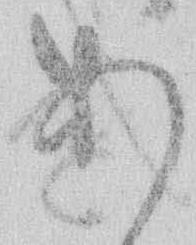
あ